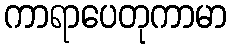
ကာရာပေတုကာမာ